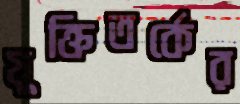
যুক্তিতর্কের